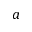
a